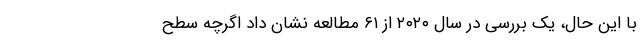
با این حال‌، یک بررسی در سال ۲۰۲۰ از ۶۱ مطالعه نشان داد اگرچه سطح